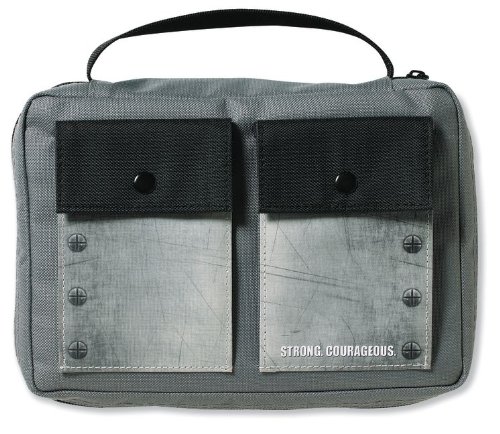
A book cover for Boys Bible Cover Medium; Zondervan; Christian Books & Bibles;